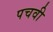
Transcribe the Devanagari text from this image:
पचवी